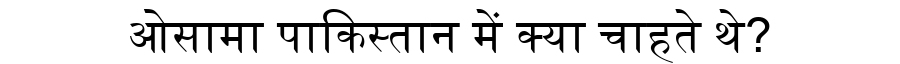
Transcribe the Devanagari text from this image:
ओसामा पाकिस्तान में क्या चाहते थे?